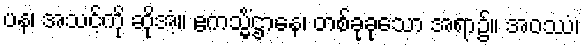
ပန၊ အသင့်ကို ဆိုအံ့။ ဧကသ္မိံဌာနေ၊ တစ်ခုခုသော အရာ၌။ အဝဿံ၊